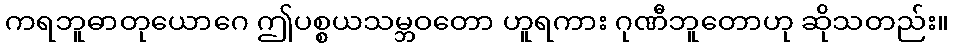
ကရဘူဓာတုယောဂေ ဤပစ္စယသမ္ဘဝတော ဟူရကား ဂုဏီဘူတောဟု ဆိုသတည်း။